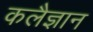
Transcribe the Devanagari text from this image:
कलैज्ञान